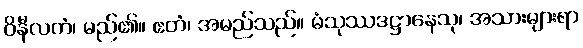
ဝိနီလကံ၊ မည်၏။ ဧတံ၊ အမည်သည်။ မံသုဿဒဋ္ဌာနေသု၊ အသားများရာ